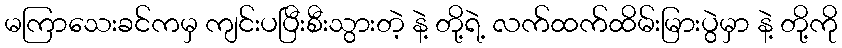
မကြာသေးခင်ကမှ ကျင်းပပြီးစီးသွားတဲ့ နဲ့ တို့ရဲ့ လက်ထက်ထိမ်းမြားပွဲမှာ နဲ့ တို့ကို